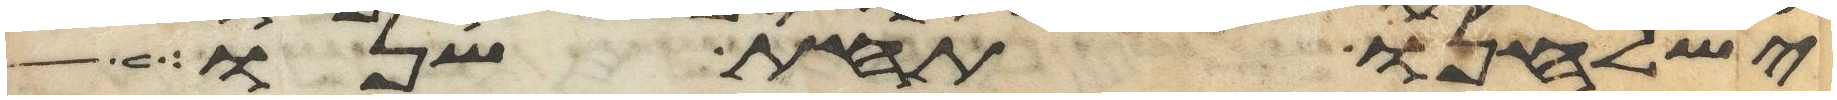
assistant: ישלחנו תחת שנו